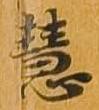
慧